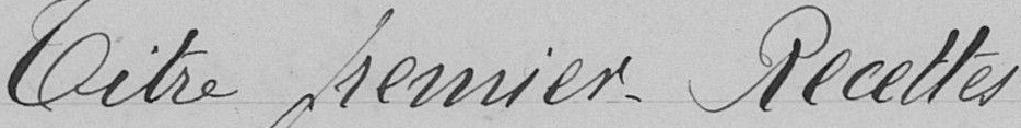
Titre premier. Recettes